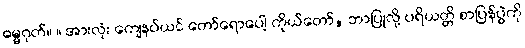
ဓမ္မဂုတ်။ ။ အားလုံး ကျေနပ်ယင် တော်ရောပေါ့ ကိုယ်တော်, ဘာပြုလို့ ပရိယတ္တိ စာပြန်ပွဲကို